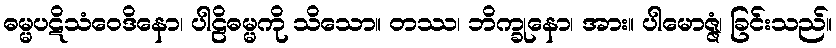
ဓမ္မပဋိသံဝေဒိနော၊ ပါဠိဓမ္မကို သိသော။ တဿ၊ ဘိက္ခုနော၊ အား။ ပါမောဇ္ဇံ၊ ခြင်းသည်။